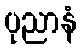
ပုညာနံ